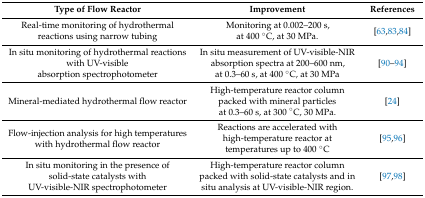
| Type of Flow Reactor | Improvement | References |
 | --- | --- | --- |
 | Real-time monitoring of hydrothermal reactions using narrow tubing | Monitoring at 0.002–200 s, at 400 °C, at 30 MPa. | [63,83,84] |
 | In situ monitoring of hydrothermal reactions with UV-visible absorption spectrophotometer | In situ measurement of UV-visible-NIR absorption spectra at 200–600 nm, at 0.3–60 s, at 400 °C, at 30 MPa | [90,91,92,93,94] |
 | Mineral-mediated hydrothermal flow reactor | High-temperature reactor column packed with mineral particles at 0.3–60 s, at 300 °C, 30 MPa. | [24] |
 | Flow-injection analysis for high temperatures with hydrothermal flow reactor | Reactions are accelerated with high-temperature reactor at temperatures up to 400 °C | [95,96] |
 | In situ monitoring in the presence of solid-state catalysts with UV-visible-NIR spectrophotometer | High-temperature reactor column packed with solid-state catalysts and in situ analysis at UV-visible-NIR region. | [97,98] |